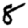
Digit: 8